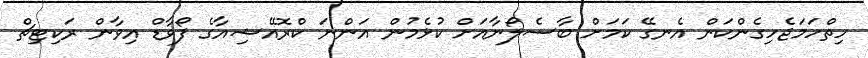
ހިތްހަމަޖެހިގެންކަން އެނގޭ ކަމަށް ބާސެލޯނާއަށް ކުޅެމުން އަންނަ ކްރޮއޭޝިއާގެ ފޯވާޑް އިވާން ރަކިޓިޗް